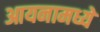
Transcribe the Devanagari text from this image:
आयनामध्ये